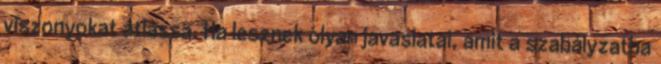
viszonyokat átlássa. Ha lesznek olyan javaslatai, amit a szabályzatba